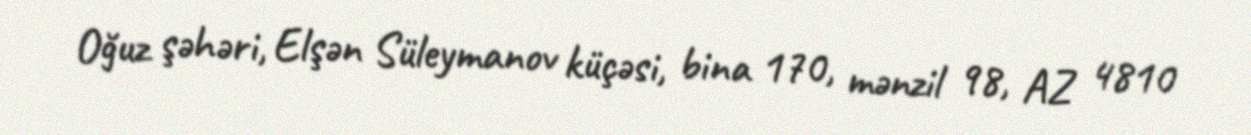
Oğuz şəhəri, Elşən Süleymanov küçəsi, bina 170, mənzil 98, AZ 4810